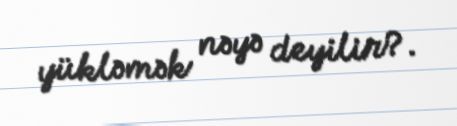
yükləmək nəyə deyilir?.